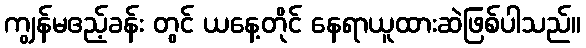
ကျွန်မဧည့်ခန်း တွင် ယနေ့တိုင် နေရာယူထားဆဲဖြစ်ပါသည်။